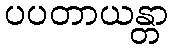
ပပတာယန္တာ